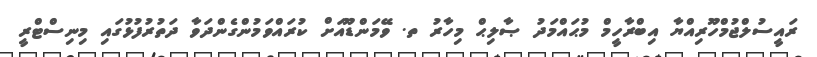
ރައީސުލްޖުމްހޫރިއްޔާ އިބްރާހީމް މުޙައްމަދު ޞާލިޙް މިހާރު ތ. ވޭމަންޑޫއަށް ކުރައްވަމުންގެންދަވާ ދަތުރުފުޅުގައި މިނިސްޓްރީ